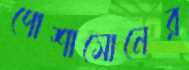
পোশাসোনের